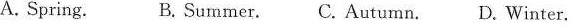
A. Spring. B. Summer. C. Autumn. D Winter.